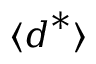
\langle \boldsymbol { d } ^ { * } \rangle